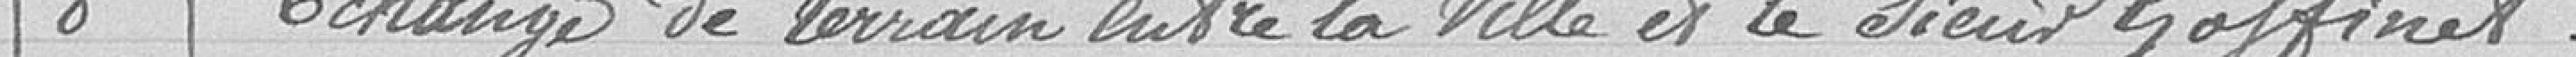
8 - Echange de terrain entre la Ville et le Sieur Goffinet